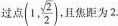
过点 (1, \frac{\sqrt{2}}{2}) 且焦距为2.